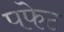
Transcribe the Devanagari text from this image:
पफेट